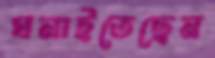
ঘনাইতেছেন